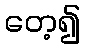
တေ့၍